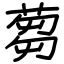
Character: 蒭